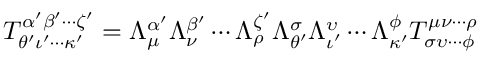
T _ { \theta ^ { \prime } \iota ^ { \prime } \cdots \kappa ^ { \prime } } ^ { \alpha ^ { \prime } \beta ^ { \prime } \cdots \zeta ^ { \prime } } = \Lambda ^ { \alpha ^ { \prime } } _ { \mu } \Lambda ^ { \beta ^ { \prime } } _ { \nu } \cdots \Lambda ^ { \zeta ^ { \prime } } _ { \rho } \Lambda _ { \theta ^ { \prime } } ^ { \sigma } \Lambda _ { \iota ^ { \prime } } ^ { \upsilon } \cdots \Lambda _ { \kappa ^ { \prime } } ^ { \phi } T _ { \sigma \upsilon \cdots \phi } ^ { \mu \nu \cdots \rho }